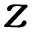
z